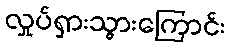
လှုပ်ရှားသွားကြောင်း